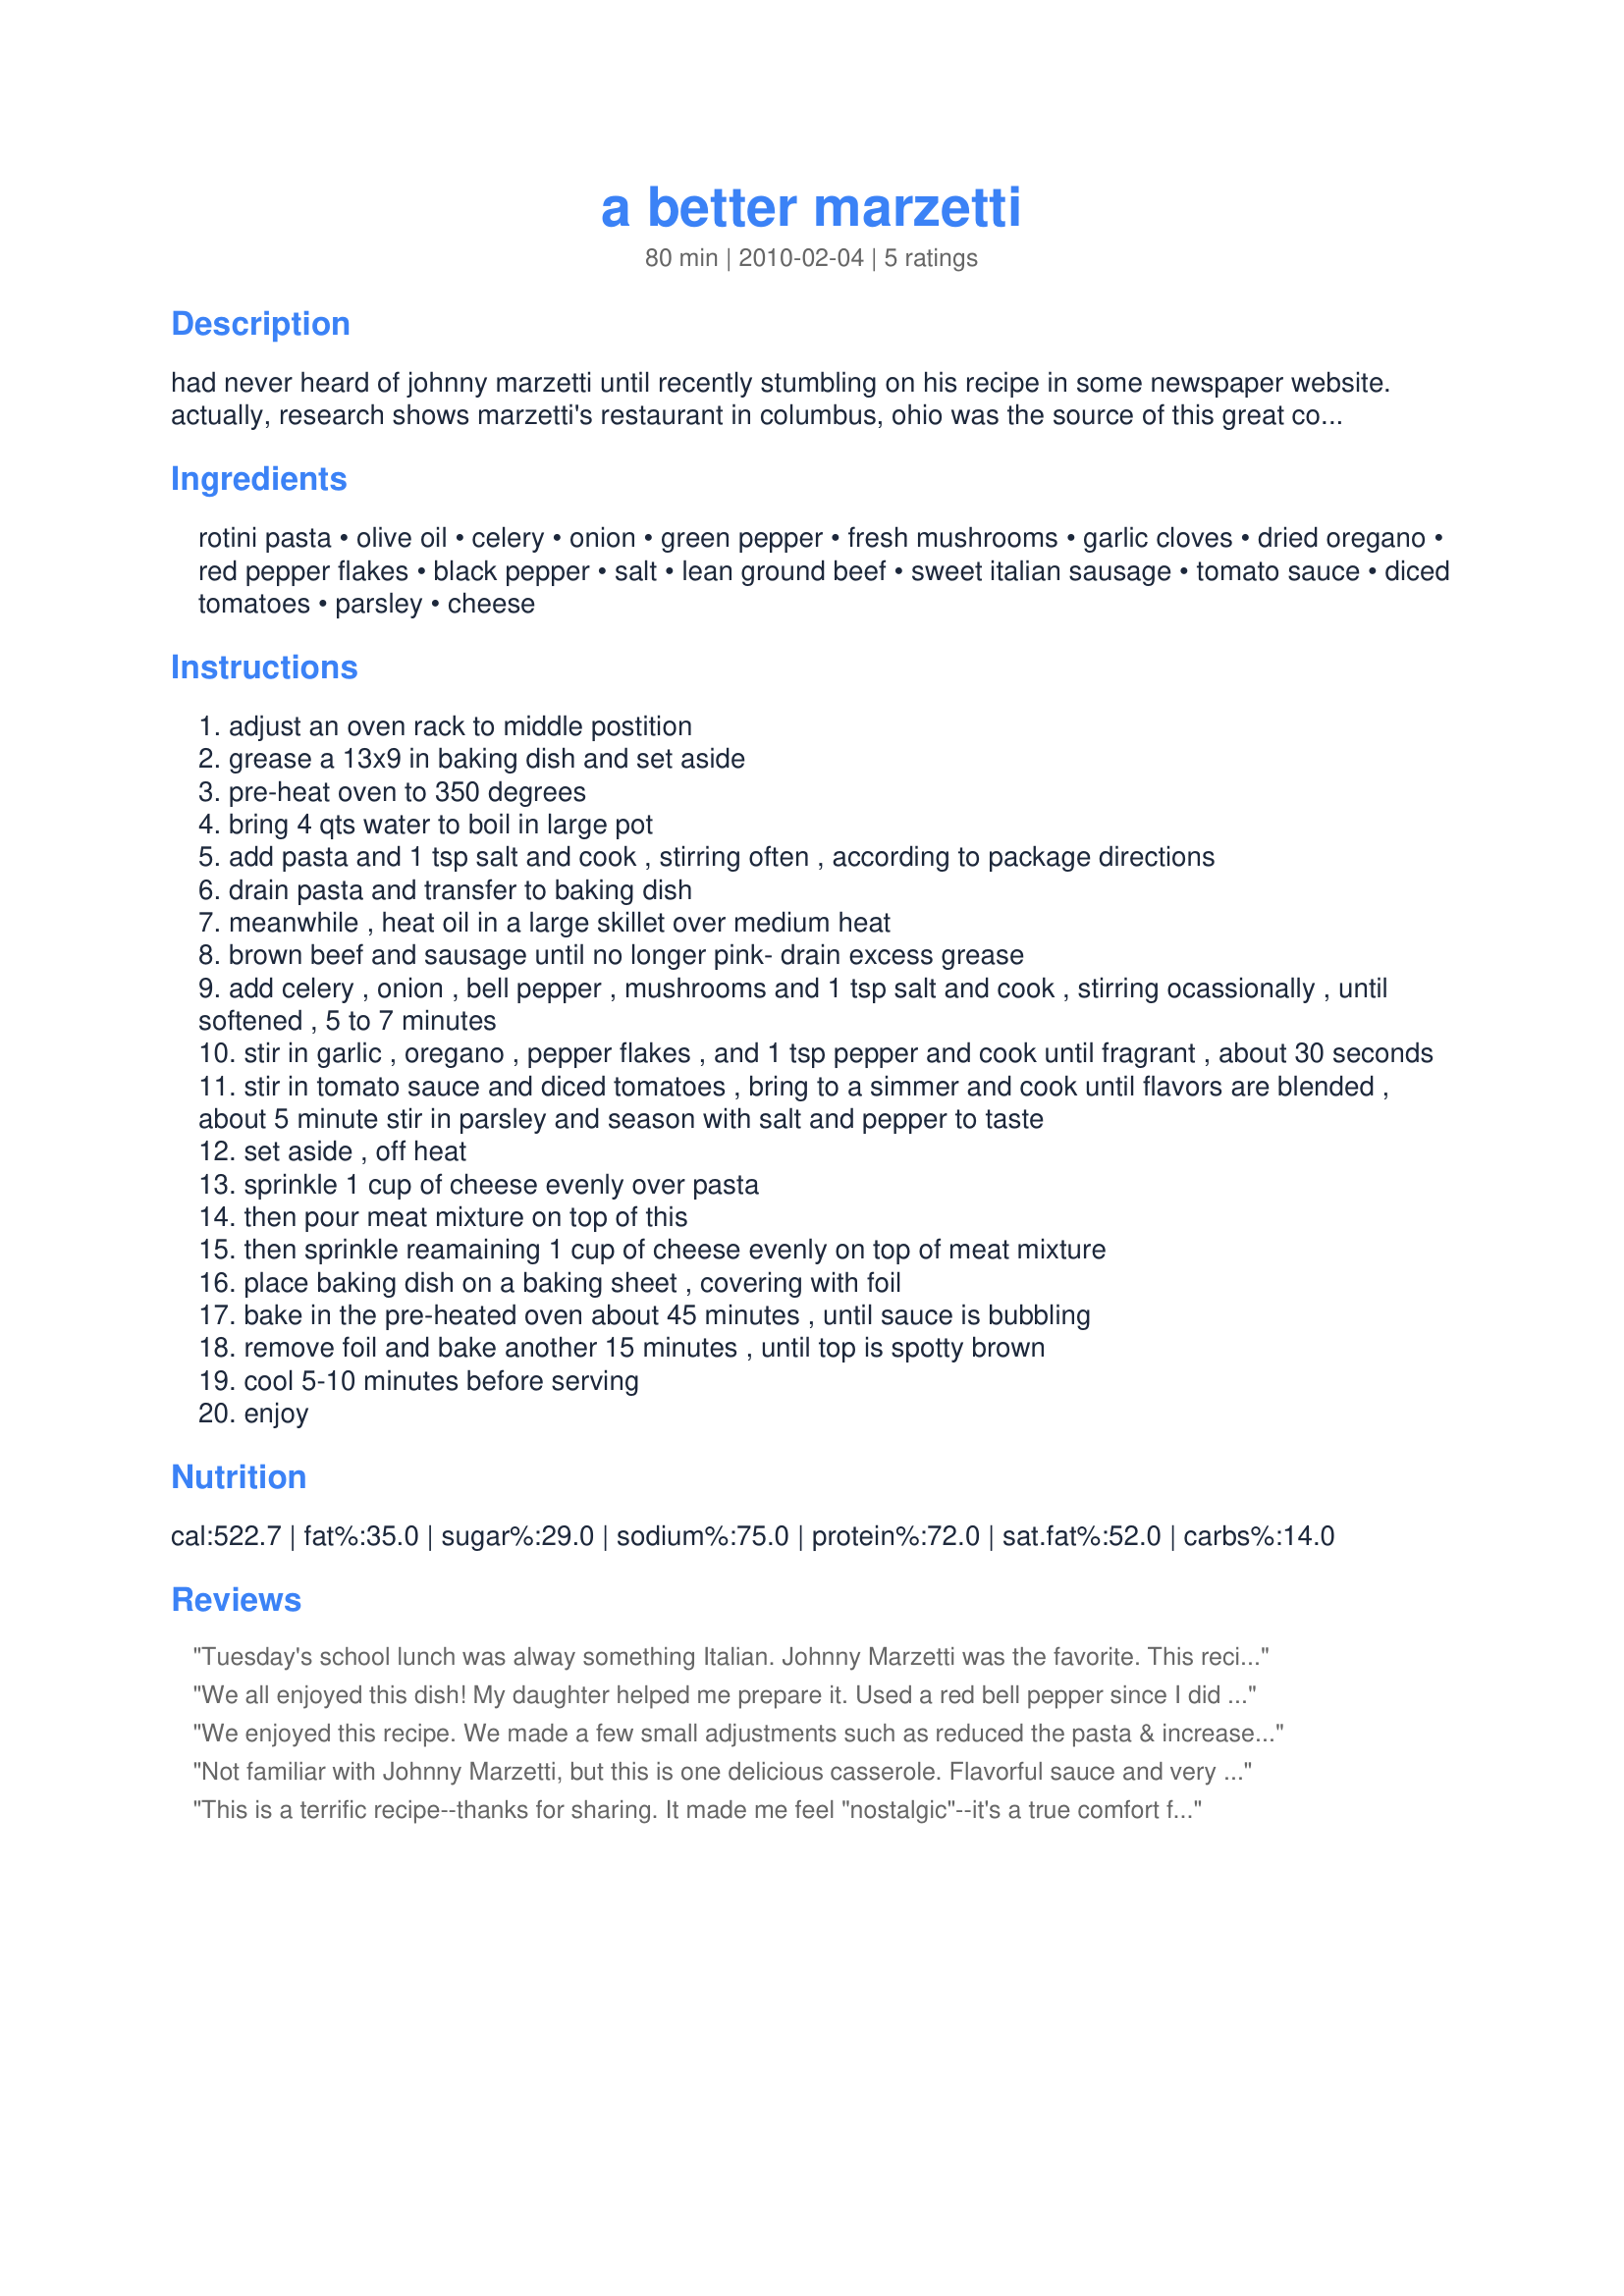
a better marzetti
Preparation time: 80 minutes

had never heard of johnny marzetti until recently stumbling on his recipe in some newspaper website. actually, research shows marzetti's restaurant in columbus, ohio was the source of this great comfort food dish back in the 20's (..is it still there?). have seen ingredients of several versions of this dish here, but none with all these great ingredients. this is an ultimate comfort food that is even better at the second and third sitting. i think that the sausage and italian cheese blend is key to success of this rendition. dish is great with a nice green salad.

Ingredients:
rotini pasta, olive oil, celery, onion, green pepper, fresh mushrooms, garlic cloves, dried oregano, red pepper flakes, black pepper, salt, lean ground beef, sweet italian sausage, tomato sauce, diced tomatoes, parsley, cheese

Steps:
adjust an oven rack to middle postition
grease a 13x9 in baking dish and set aside
pre-heat oven to 350 degrees
bring 4 qts water to boil in large pot
add pasta and 1 tsp salt and cook , stirring often , according to package directions
drain pasta and transfer to baking dish
meanwhile , heat oil in a large skillet over medium heat
brown beef and sausage until no longer pink- drain excess grease
add celery , onion , bell pepper , mushrooms and 1 tsp salt and cook , stirring ocassionally , until softened , 5 to 7 minutes
stir in garlic , oregano , pepper flakes , and 1 tsp pepper and cook until fragrant , about 30 seconds
stir in tomato sauce and diced tomatoes , bring to a simmer and cook until flavors are blended , about 5 minute stir in parsley and season with salt and pepper to taste
set aside , off heat
sprinkle 1 cup of cheese evenly over pasta
then pour meat mixture on top of this
then sprinkle reamaining 1 cup of cheese evenly on top of meat mixture
place baking dish on a baking sheet , covering with foil
bake in the pre-heated oven about 45 minutes , until sauce is bubbling
remove foil and bake another 15 minutes , until top is spotty brown
cool 5-10 minutes before serving
enjoy

Reviews:
Tuesday's school lunch was alway something Italian. Johnny Marzetti was the favorite. This recipe is more elegant than the cafeteria served though. I doubt there was such a thing as rotini let alone whole wheat pasta. Ours was made with elbow macaroni and spaghetti meat sauce baked with cheese on top. Substitue the macaroni and it was baked spaghetti. Delish!
We all enjoyed this dish! My daughter helped me prepare it. Used a red bell pepper since I did not have a green one. Happy you included a little history of the recipe.
We enjoyed this recipe. We made a few small adjustments such as reduced the pasta & increased the beef. Also, 2 cups of cheese is way too much for our tastes & health so we cut it in 1/2. I liked the addition of the vegys & to add abit more flavour I added some essence & jerk spice. Tasty recipe, thanks for sharing.
Not familiar with Johnny Marzetti, but this is one delicious casserole. Flavorful sauce and very cheesy. Will make again.
This is a terrific recipe--thanks for sharing. It made me feel "nostalgic"--it's a true comfort food! 

Marzetti's restaurant in Columbus closed in the early 70's--but it lives on in Marzettis coleslaw dressing that you can buy in the grocery store today--they sold their recipe to a major company when they closed.
